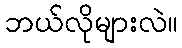
ဘယ်လိုများလဲ။